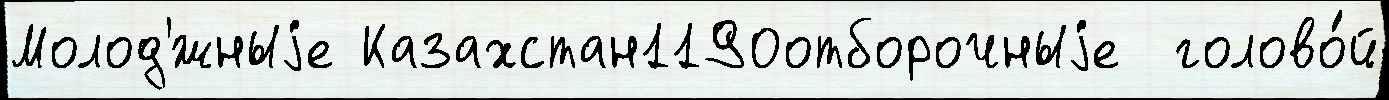
Молод'́жныjе Казахстан1190отборочныjе  голово́й